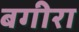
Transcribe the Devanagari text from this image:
बगीरा